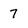
Character: 7